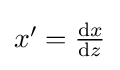
{\textstyle x^{\prime }={\frac {\mathrm {d} x}{\mathrm {d} z}}}